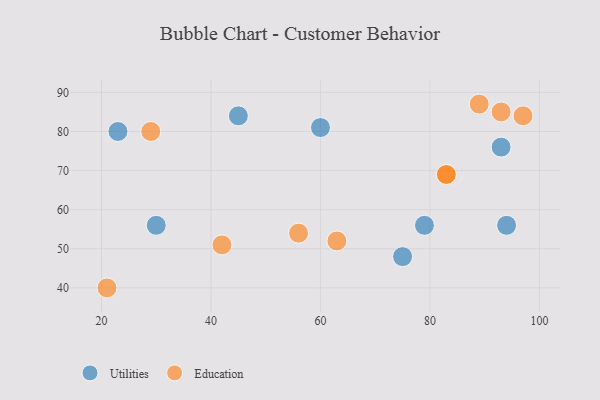
{"axis": {"x": "GDP", "y": "Life Expectancy"}, "legend": ["Education", "Utilities"], "data": [{"x": "75", "y": 48, "type": "Utilities"}, {"x": "60", "y": 81, "type": "Utilities"}, {"x": "79", "y": 56, "type": "Utilities"}, {"x": "93", "y": 76, "type": "Utilities"}, {"x": "23", "y": 80, "type": "Utilities"}, {"x": "30", "y": 56, "type": "Utilities"}, {"x": "45", "y": 84, "type": "Utilities"}, {"x": "94", "y": 56, "type": "Utilities"}, {"x": "89", "y": 87, "type": "Education"}, {"x": "97", "y": 84, "type": "Education"}, {"x": "63", "y": 52, "type": "Education"}, {"x": "56", "y": 54, "type": "Education"}, {"x": "93", "y": 85, "type": "Education"}, {"x": "83", "y": 69, "type": "Education"}, {"x": "29", "y": 80, "type": "Education"}, {"x": "42", "y": 51, "type": "Education"}, {"x": "21", "y": 40, "type": "Education"}, {"x": "83", "y": 69, "type": "Education"}]}